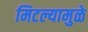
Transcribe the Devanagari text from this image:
मिटल्यामुळे